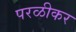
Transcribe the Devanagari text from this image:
परळीकर